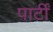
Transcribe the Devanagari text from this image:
पार्टीं